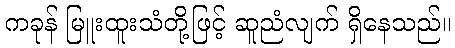
ကခုန် မြူးထူးသံတို့ဖြင့် ဆူညံလျက် ရှိနေသည်။